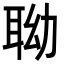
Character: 聈